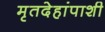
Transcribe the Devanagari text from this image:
मृतदेहांपाशी